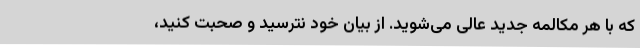
که با هر مکالمه جدید عالی می‌شوید. از بیان خود نترسید و صحبت کنید،